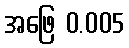
အဖြေ 0.005